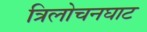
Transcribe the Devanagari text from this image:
त्रिलोचनघाट